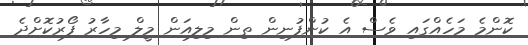
ކޮންމެ މަހެއްގައި ވެސް އެ ކުންފުނިން ތިން މިލިއަން މީލް މިހާރު ފޯރުކޮށްދެ